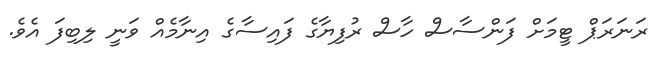
ރަނަރަޕް ޓީމަށް ފަންސާސް ހާސް ރުފިޔާގެ ފައިސާގެ އިނާމެއް ވަނީ ލިބިފަ އެވެ.